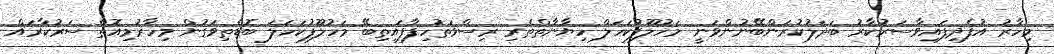
މިހާރު އުފެދިފައިވާސަރުކާރު ބަދަލުކުރަންބޭނުންވަނީ މަހުލޫފުކަހަލް ހިޔާނާތްތެރި ރިސްވަތުހިފާފައިތިބޭ މަހުލޫފުކަހަލަ ބޮޑެތިވަގުން މިހާރުމިއޮތް ސަރުކާރައް